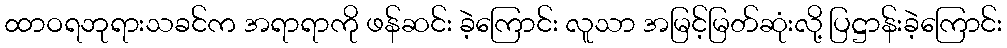
ထာဝရဘုရားသခင်က အရာရာကို ဖန်ဆင်း ခဲ့ကြောင်း လူသာ အမြင့်မြတ်ဆုံးလို့ ပြဋ္ဌာန်းခဲ့ကြောင်း